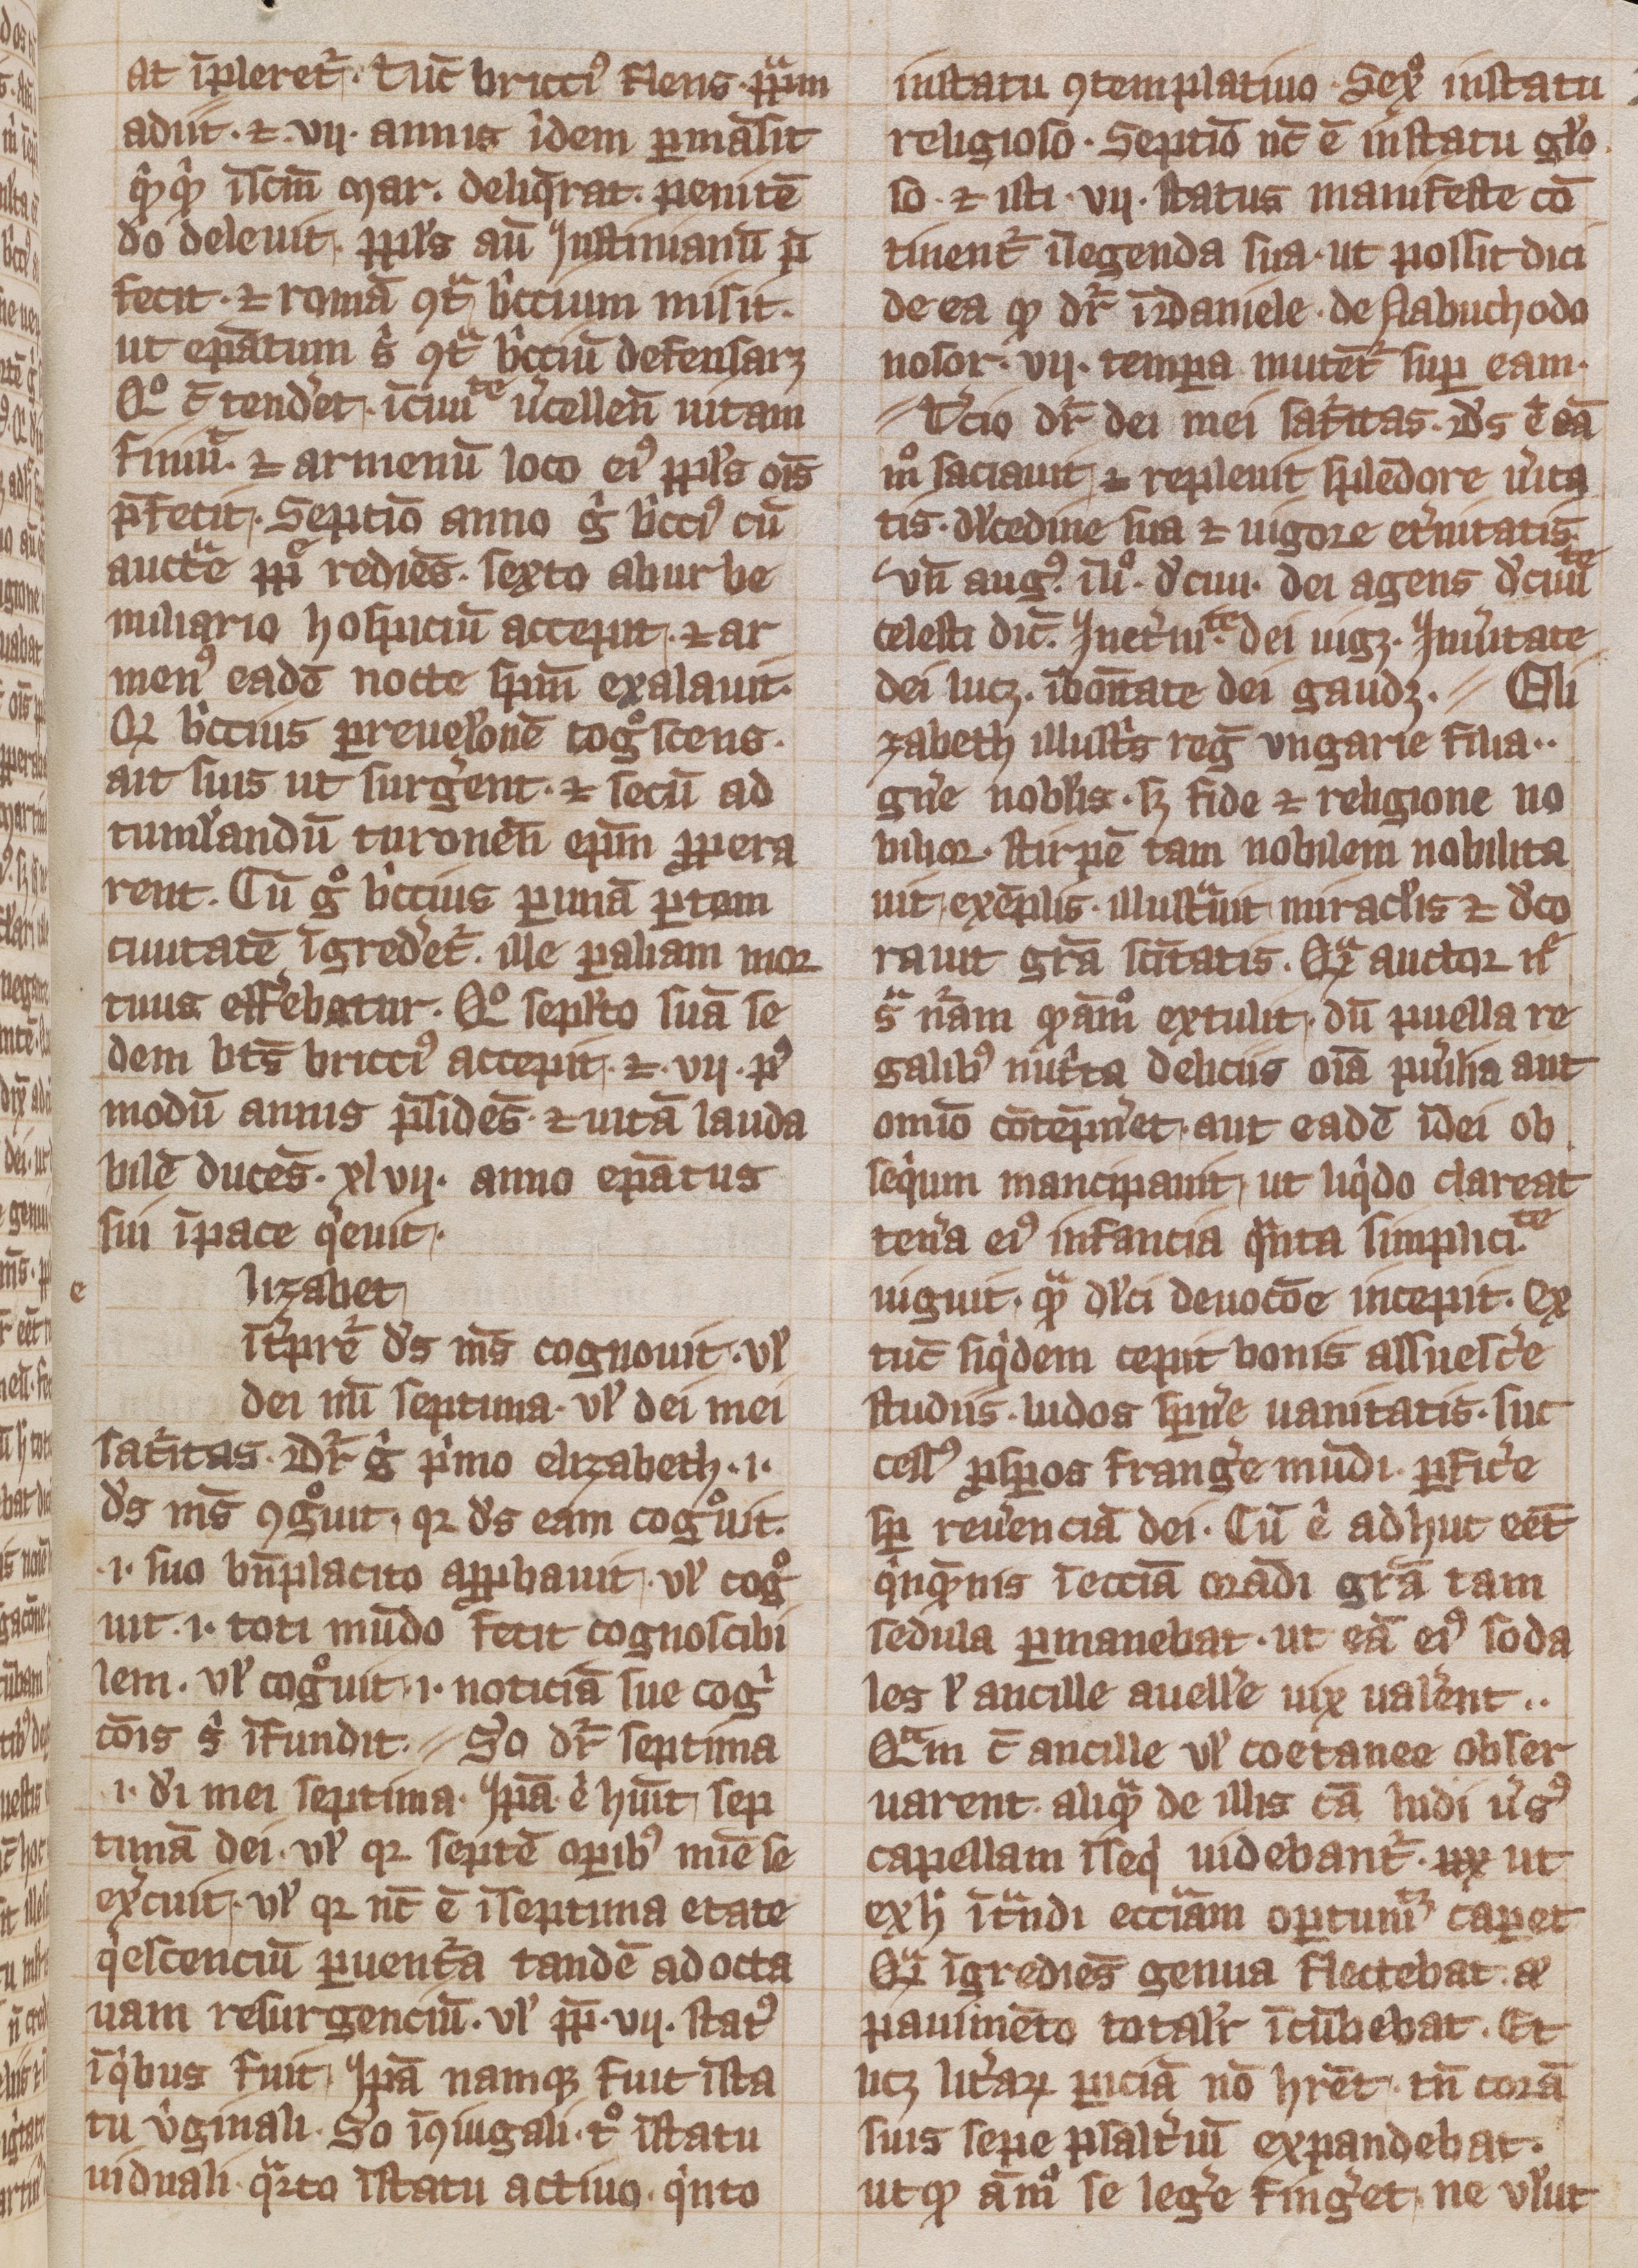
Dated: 1300–1399